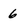
Character: 6